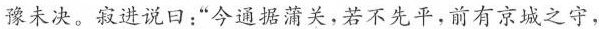
豫未决。寂进说曰：“今通据蒲关，若不先平，前有京城之守，